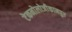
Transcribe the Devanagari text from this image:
टेकनोलोजीकानपुर